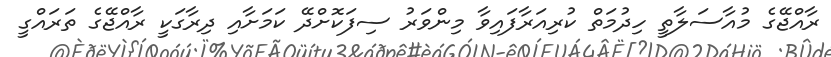
ރާއްޖޭގެ މުއާސަލާތީ ހިދުމަތް ކުރިއަރާފައިވާ މިންވަރު ސިފަކޮށްދޭ ކަމަށާއި ދިރާގަކީ ރާއްޖޭގެ ތަރައްގީ